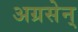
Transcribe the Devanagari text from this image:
अग्रसेन्